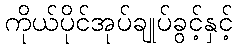
ကိုယ်ပိုင်အုပ်ချုပ်ခွင့်နှင့်